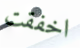
اخفقت